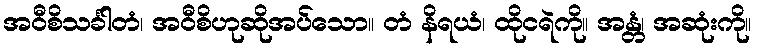
အဝီစိသင်္ခါတံ၊ အဝီစိဟုဆိုအပ်သော။ တံ နိရယံ၊ ထိုငရဲကို။ အန္တံ၊ အဆုံးကို။